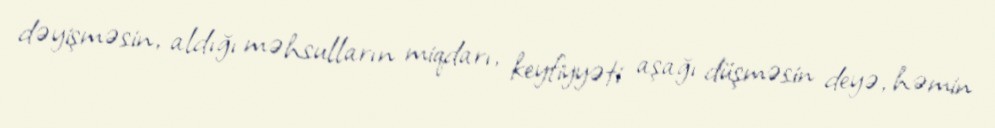
dəyişməsin, aldığı məhsulların miqdarı, keyfiyyəti aşağı düşməsin deyə, həmin